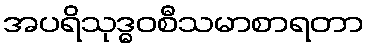
အပရိသုဒ္ဓဝစီသမာစာရတာ